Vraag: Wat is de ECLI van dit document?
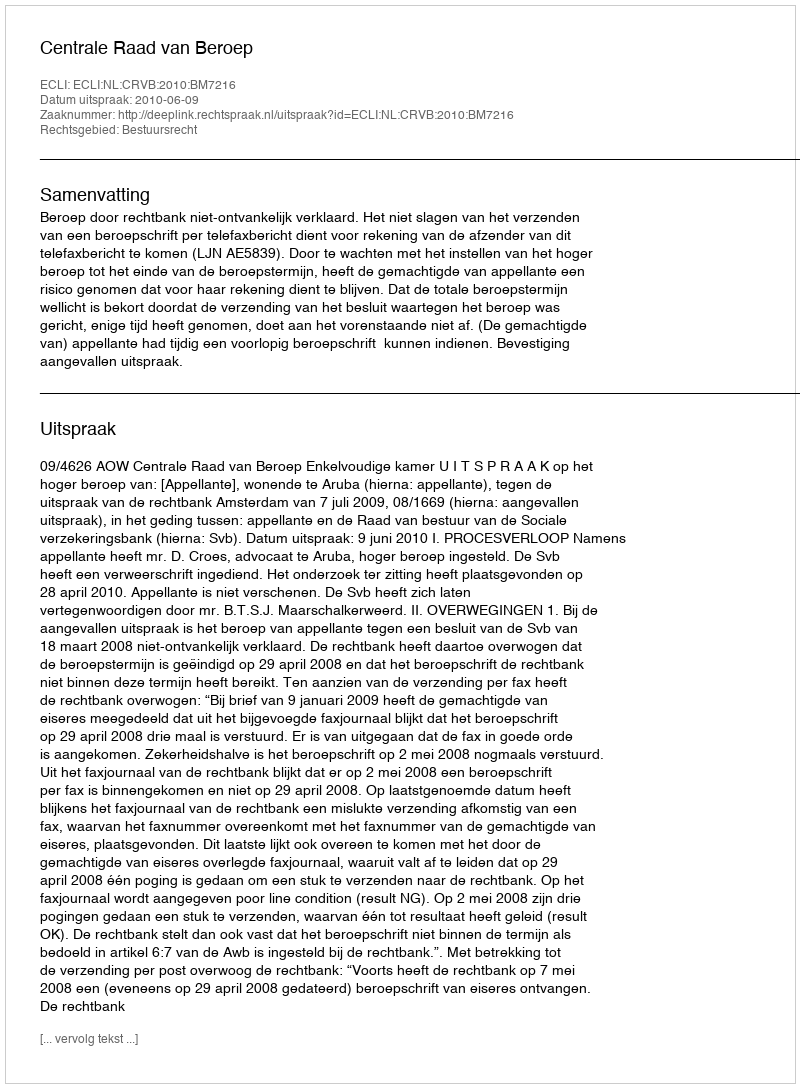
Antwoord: ECLI:NL:CRVB:2010:BM7216